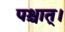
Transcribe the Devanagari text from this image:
पश्चात्‌।